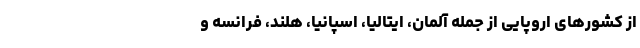
از کشورهای اروپایی از جمله آلمان، ایتالیا، اسپانیا، هلند، فرانسه و